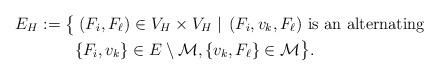
LaTeX: \begin{align*} E_H:=\big\{&\left. (F_i,F_\ell)\in V_H \times V_H \;\right| \; (F_i,v_k,F_\ell) \textnormal{ is an alternating}\\ &\{F_i,v_k\}\in E\setminus \mathcal{M},\{v_k,F_\ell\}\in\mathcal{M}\big\}.\end{align*}